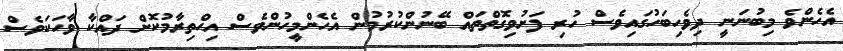
އެހެންވެ މިބުނަނީ ދިވެހިބަހުގައިވެސް ހުރި ފަށުވިގޮތްތައް ބޭނުންކުރުމުން އެހެންމީހުންވެސް އިޙްތިރާމުކޮށް ދައްކާ ވާހަކަވެސް